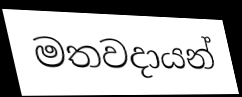
මතවදායන්